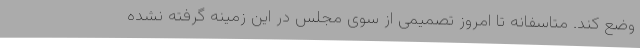
وضع کند. متاسفانه تا امروز تصمیمی از سوی مجلس در این زمینه گرفته نشده